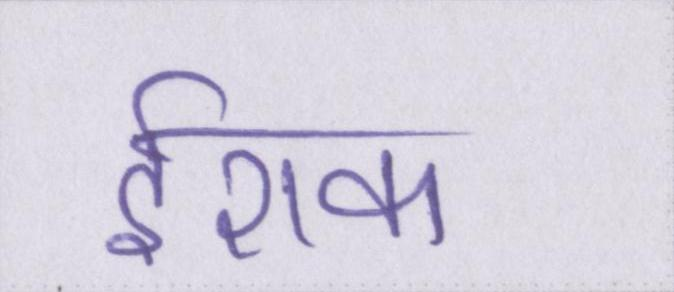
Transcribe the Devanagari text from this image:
ईराक